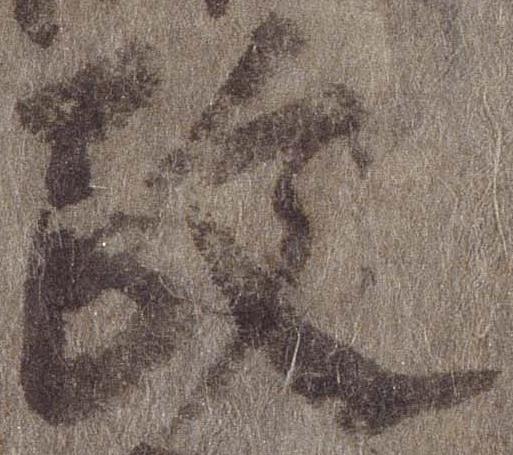
政